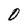
Character: 0